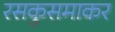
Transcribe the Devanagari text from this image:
रसकुसमाकर